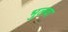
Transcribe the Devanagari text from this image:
भुलवा